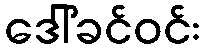
ဒေါ်ခင်ဝင်း